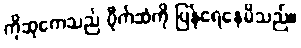
ကိုဆုကေသည် ပိုက်ဆံကို ပြန်ရေနေမိသည်။